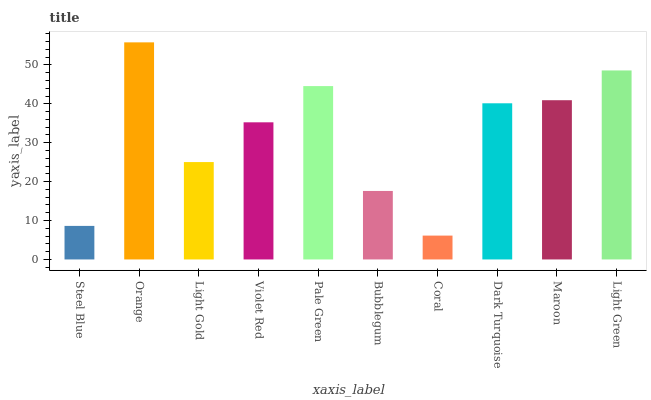
| xaxis_label | bars |
 | --- | --- |
 | Steel Blue | 8.62 |
 | Orange | 55.8 |
 | Light Gold | 25 |
 | Violet Red | 35.2 |
 | Pale Green | 44.6 |
 | Bubblegum | 17.6 |
 | Coral | 6.13 |
 | Dark Turquoise | 40.1 |
 | Maroon | 40.9 |
 | Light Green | 48.6 |